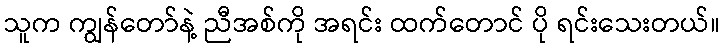
သူက ကျွန်တော်နဲ့ ညီအစ်ကို အရင်း ထက်တောင် ပို ရင်းသေးတယ်။